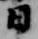
日